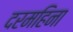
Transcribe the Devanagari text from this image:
दरमहिना